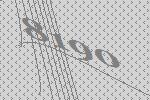
8190